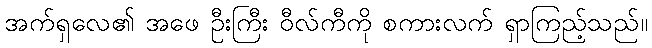
အက်ရှလေ၏ အဖေ ဦးကြီး ဝီလ်ကီကို စကားလက် ရှာကြည့်သည်။